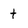
Character: t